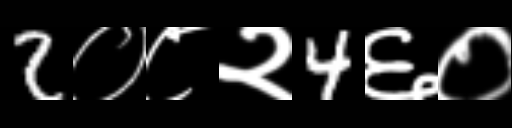
Text: 2०८२4६०